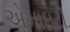
એમાઇટી